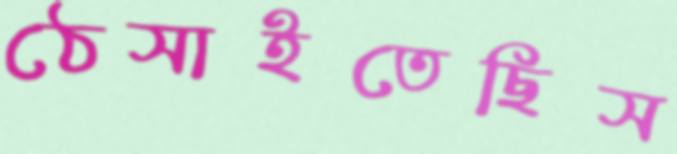
ঠেসাইতেছিস